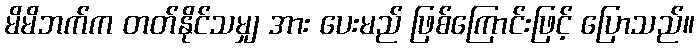
မိမိဘက်က တတ်နိုင်သမျှ အား ပေးမည် ဖြစ်ကြောင်းဖြင့် ပြောသည်။